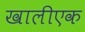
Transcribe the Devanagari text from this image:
खालीएक